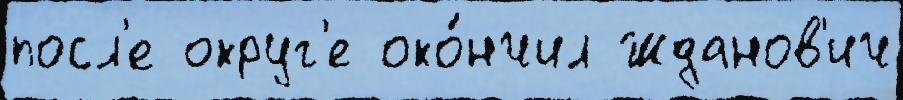
посл'е округ'е око́нчил Жданов'ич